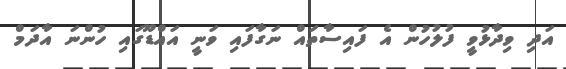
އަދި ވިދާޅުވީ ފުލުހުން އެ ފައިސާތައް ނަގާފައި ވަނީ އައްޑޫގައި ހުންނަ އާދަމް